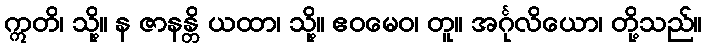
ဣတိ၊ သို့။ န ဇာနန္တိ ယထာ၊ သို့။ ဧဝမေဝ၊ တူ။ အင်္ဂုလိယော၊ တို့သည်။